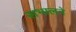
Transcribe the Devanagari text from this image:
सभालने